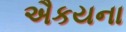
ઐકયના